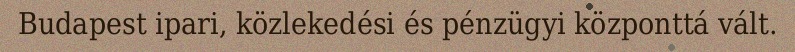
Budapest ipari, közlekedési és pénzügyi központtá vált.